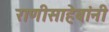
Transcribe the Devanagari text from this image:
राणीसाहेबांनी